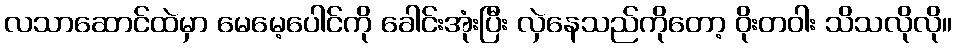
လသာဆောင်ထဲမှာ မေမေ့ပေါင်ကို ခေါင်းအုံးပြီး လှဲနေသည်ကိုတော့ ဝိုးတဝါး သိသလိုလို။